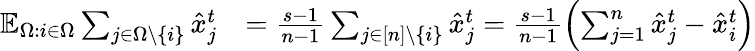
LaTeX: \begin{array}{rl}{\mathbb{E}_{\Omega:i\in\Omega}\sum_{j\in\Omega\backslash\{ i\} }\hat{x}_{j}^{t}}&{=\frac{s-1}{n-1}\sum_{j\in[n]\backslash\{ i\} }\hat{x}_{j}^{t}=\frac{s-1}{n-1}\left(\sum_{j=1}^{n}\hat{x}_{j}^{t}-\hat{x}_{i}^{t}\right)}\end{array}